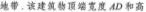
地带，该建筑物顶端宽度AD和高